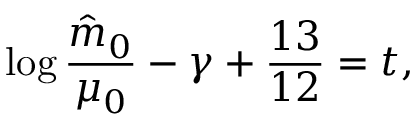
\log { \frac { \hat { m } _ { 0 } } { \mu _ { 0 } } } - \gamma + { \frac { 1 3 } { 1 2 } } = t ,